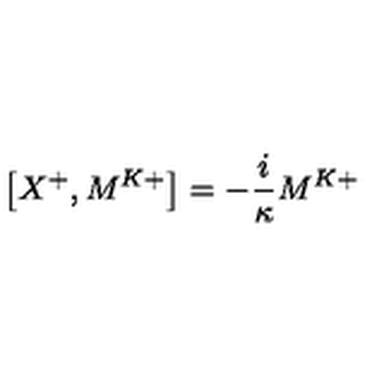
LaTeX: \left[ X ^ { + } , M ^ { K + } \right] = - \frac { i } { \kappa } M ^ { K + }